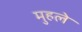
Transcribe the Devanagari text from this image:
मुहले